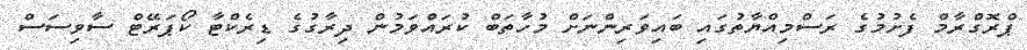
ޕްރޮގްރާމް ފެށުމުގެ ރަސްމިއްޔާތުގައި ބައިވަރިންނަށް މުހާތަބް ކުރައްވަމުން ދިރާގުގެ ޑިރެކްޓާ ކޯޕަރޭޓް ސާވިސަސް